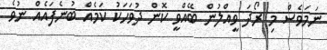
ނަމަވެސް މި ރޯދަ ވީއްލުން ބޭއްވީ ކޮން ދުވަހަކު ކަމެއް ބުނެފައެއް ނުވެ